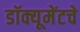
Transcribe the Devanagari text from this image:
डॉक्यूमेंटचे